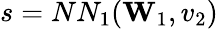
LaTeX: s=NN_{1}(\mathbf{W}_{1},v_{2})